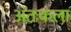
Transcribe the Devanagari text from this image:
अंतःकला